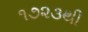
૧૭૨૩થી